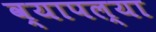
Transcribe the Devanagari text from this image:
व्यापल्या